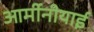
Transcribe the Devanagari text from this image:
आर्मीनीयाई